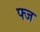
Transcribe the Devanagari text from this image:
फ्ज